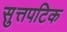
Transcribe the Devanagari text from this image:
सुत्तपटिक